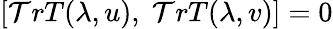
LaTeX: \left[\mathcal{T}rT(\lambda,u),\; \mathcal{T}rT(\lambda,v)\right]=0